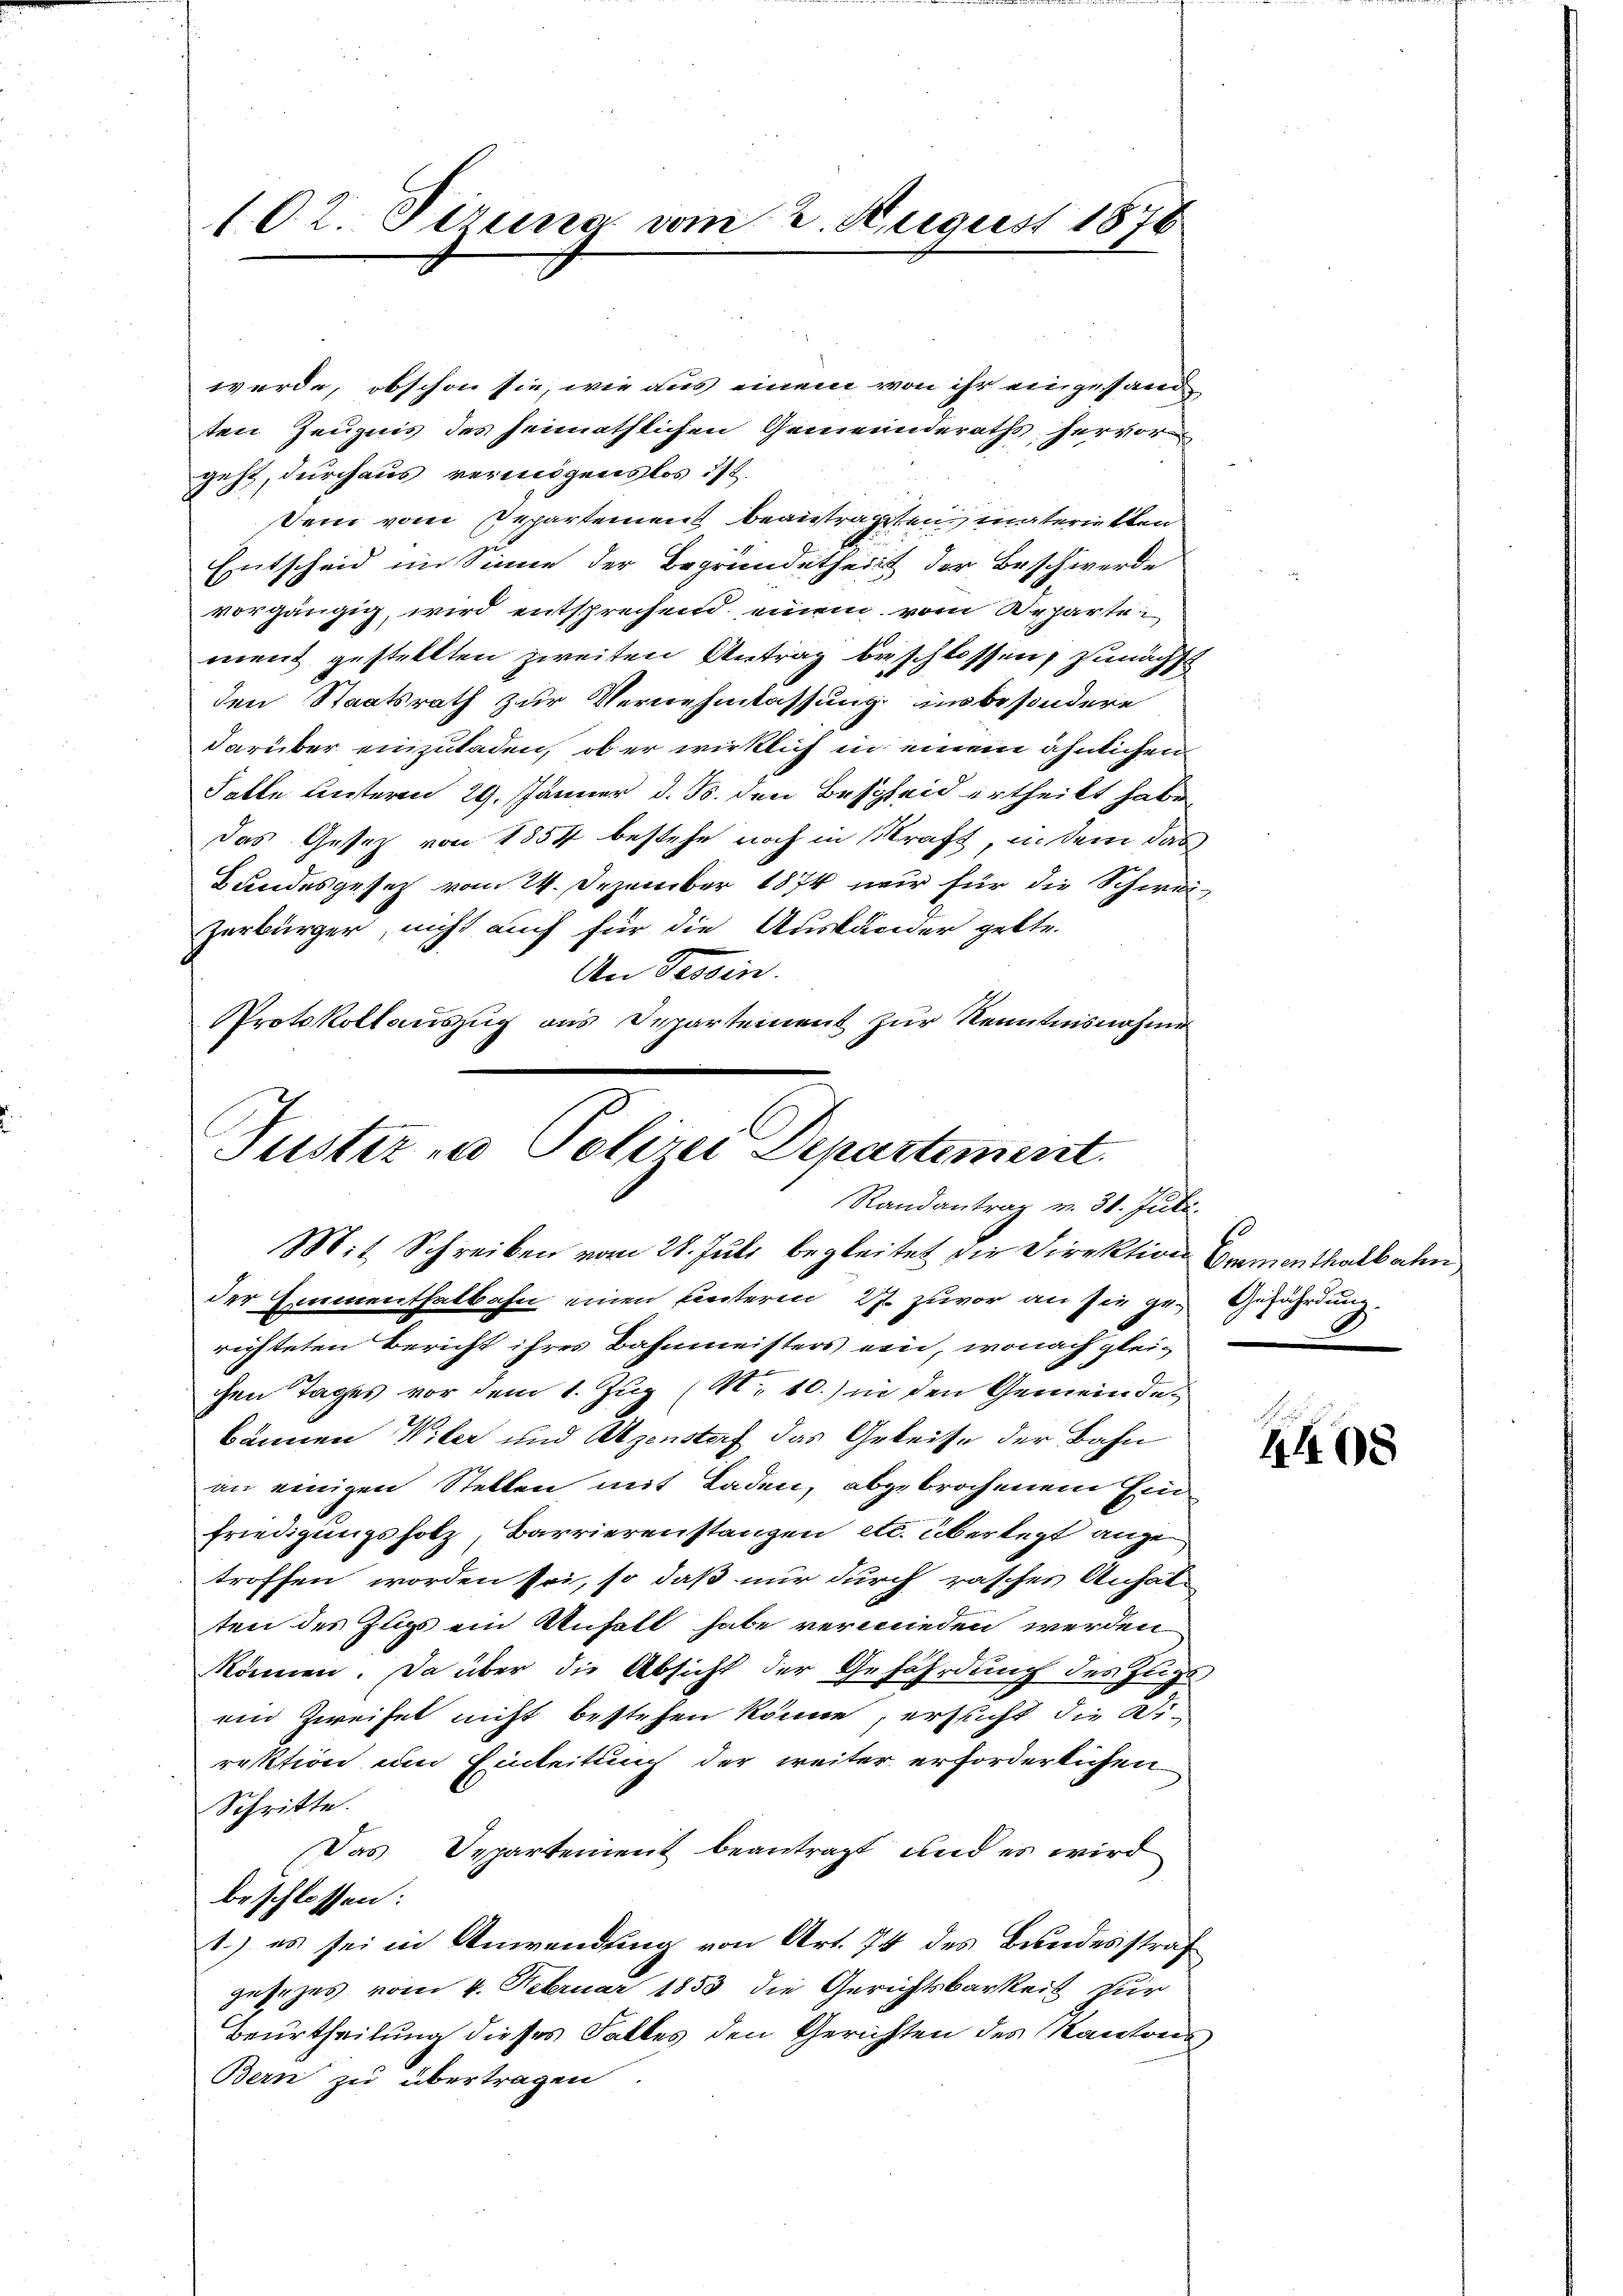
102. Sirung vom 2. August 1876

werde, obschon sie, wie aus einem von ihr eingesand
ten Zeugnis des heimathlichen Gemeinderaths hervor
geht, durchaus vermögenslos ist.
Dein vom Departement beantragten materiellen
Entscheid im Sinne der Begründetheilt der Beschwerde
vorgängig, wird entsprechend einem vom Weharten
ment gestellten zweiten Antrag beschlossen, zunächs
den Staatsrath zur Vernehmlassung insbesondere
darüber einzuladen, ob er wirklich in einem ähnlichen
Fatte unteren 29. Jänner d. Js. den Bescheid ertheilt habe
das Gesetz von 1857 bestehe noch in Straft, in dem das
Bundesgesetz vom 24. Dezember 1874 nur für die Schwei¬
Zerbürger, nicht auch für die Ausländer gelte.
An Tessin.
PProtokollauszug aus Departement zur Kenntnisnahme

Justiz & Polizei Departement.
Randantrag v. 31. Juli.
Mit Schreiben vom 28. Juli begleitet die Direktion Gementhalbahn

der Emmenthalbahn einen Einteren 27 zuvor an sie ge- Gefährdung.
richteten Bericht ihres Bahnmeisters ein, wonach gleichen Tages vor dem 1. Zug (S. 10.) in den Gemeindekönnen Viler und Rezenstorf das Geleisse der Bahn
an einigen Stellen mit Laden, abgebrochenem Einfriedigungsholz, Barrierenstanzen etc. überlegt ange
troffen worden sei, so daß nur durch rasches Anhal-
ten des Zugs ein Unfall habe verwieden werden
können. Da über die Absicht der Gefährdung des Zugsein Zweifel nicht bestehen könne, ersucht die Di-
rektion um Einleitung der weiter erforderlichen
Schritte.
Das Departement beantragt und es wird
beschlossen:
1.) es sei in Anwendung von Art. 74 des Bundesstraf
gesezes vom 4. Februar 1853 die Gerichtsbarkeit für
Beurtheilung dieses Falles den Gerichten des Kantons
Bern zu übertragen

4408